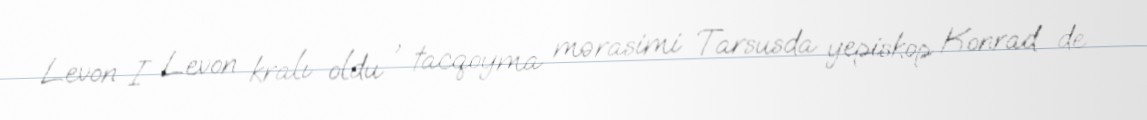
Levon I Levon kralı oldu , tacqoyma mərasimi Tarsusda yepiskop Konrad de